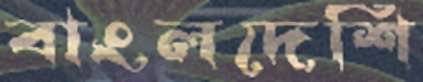
বাংলদেশি